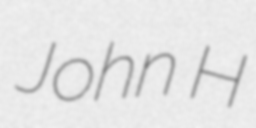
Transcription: John H